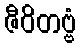
ဇီဝိတဗ္ဗံ